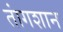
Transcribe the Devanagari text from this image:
तांगशान